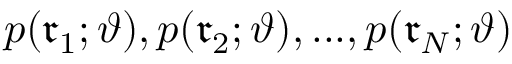
p ( \mathfrak { r } _ { 1 } ; \vartheta ) , p ( \mathfrak { r } _ { 2 } ; \vartheta ) , . . . , p ( \mathfrak { r } _ { N } ; \vartheta )